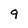
Character: 9